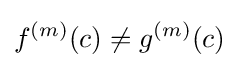
f^{(m)}(c)\neq g^{(m)}(c)